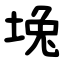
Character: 堍